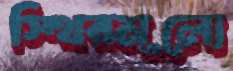
স্থিরমূল্যে